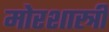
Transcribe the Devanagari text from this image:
मोरशास्त्री